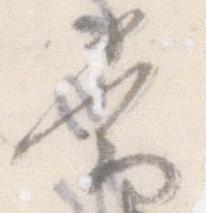
常